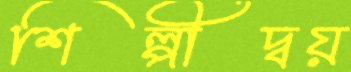
শিল্পীদ্বয়